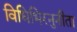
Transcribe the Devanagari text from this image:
विधिभिरनुनीता